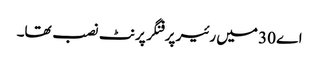
اے 30 میں رئیر پر فنگر پرنٹ نصب تھا۔